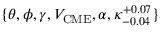
\{ \theta , \phi , \gamma , V _ { \mathrm { C M E } } , \alpha , \kappa _ { - 0 . 0 4 } ^ { + 0 . 0 7 } \}